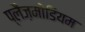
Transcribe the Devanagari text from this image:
प्लैज़मोडियम